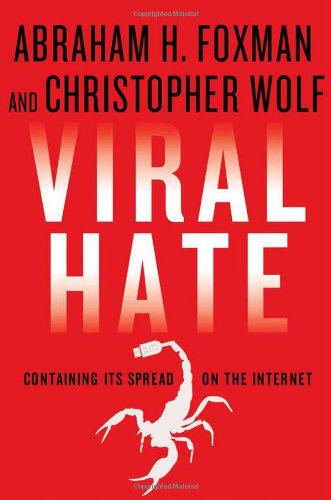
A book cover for Viral Hate: Containing Its Spread on the Internet; Abraham H. Foxman; Computers & Technology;